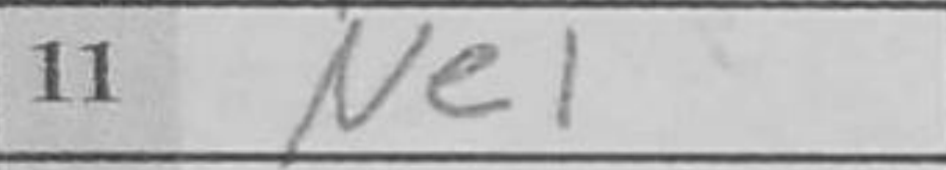
Transcription: Ne1